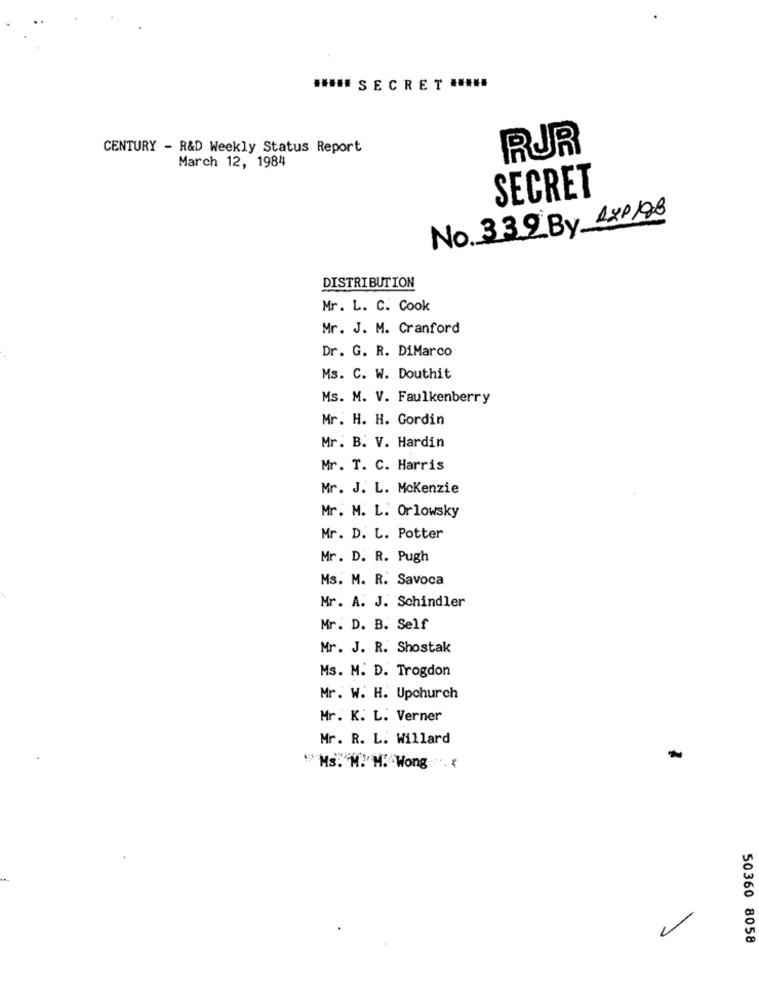
***** S E C R ET *****
CENTURY - R&D Weekly Status Report
RUR
March 12, 1984
SECRET
No. 332By 1XP198
DISTRIBUTION
Mr. L. C. Cook
Mr. J. M. Cranford
Dr. G. R. DiMarco
Ms. C. W. Douthit
Ms. M. V. Faulkenberry
Mr. H. H. Gordin
Mr. B. V. Hardin
Mr. T. C. Harris
Mr. J. L. Mckenzie
Mr. M. L. Orlowsky
Mr. D. L. Potter
Mr. D. R. Pugh
Ms. M. R. Savoca
Mr. A. J. Schindler
Mr. D. B. Self
Mr. J. R. Shostak
Ms. M. D. Trogdon
Mr. W. H. Upchurch
Mr. K. L. Verner
Mr. R. L. Willard
"Ms. M. M. Wong . ₹
50360 8058